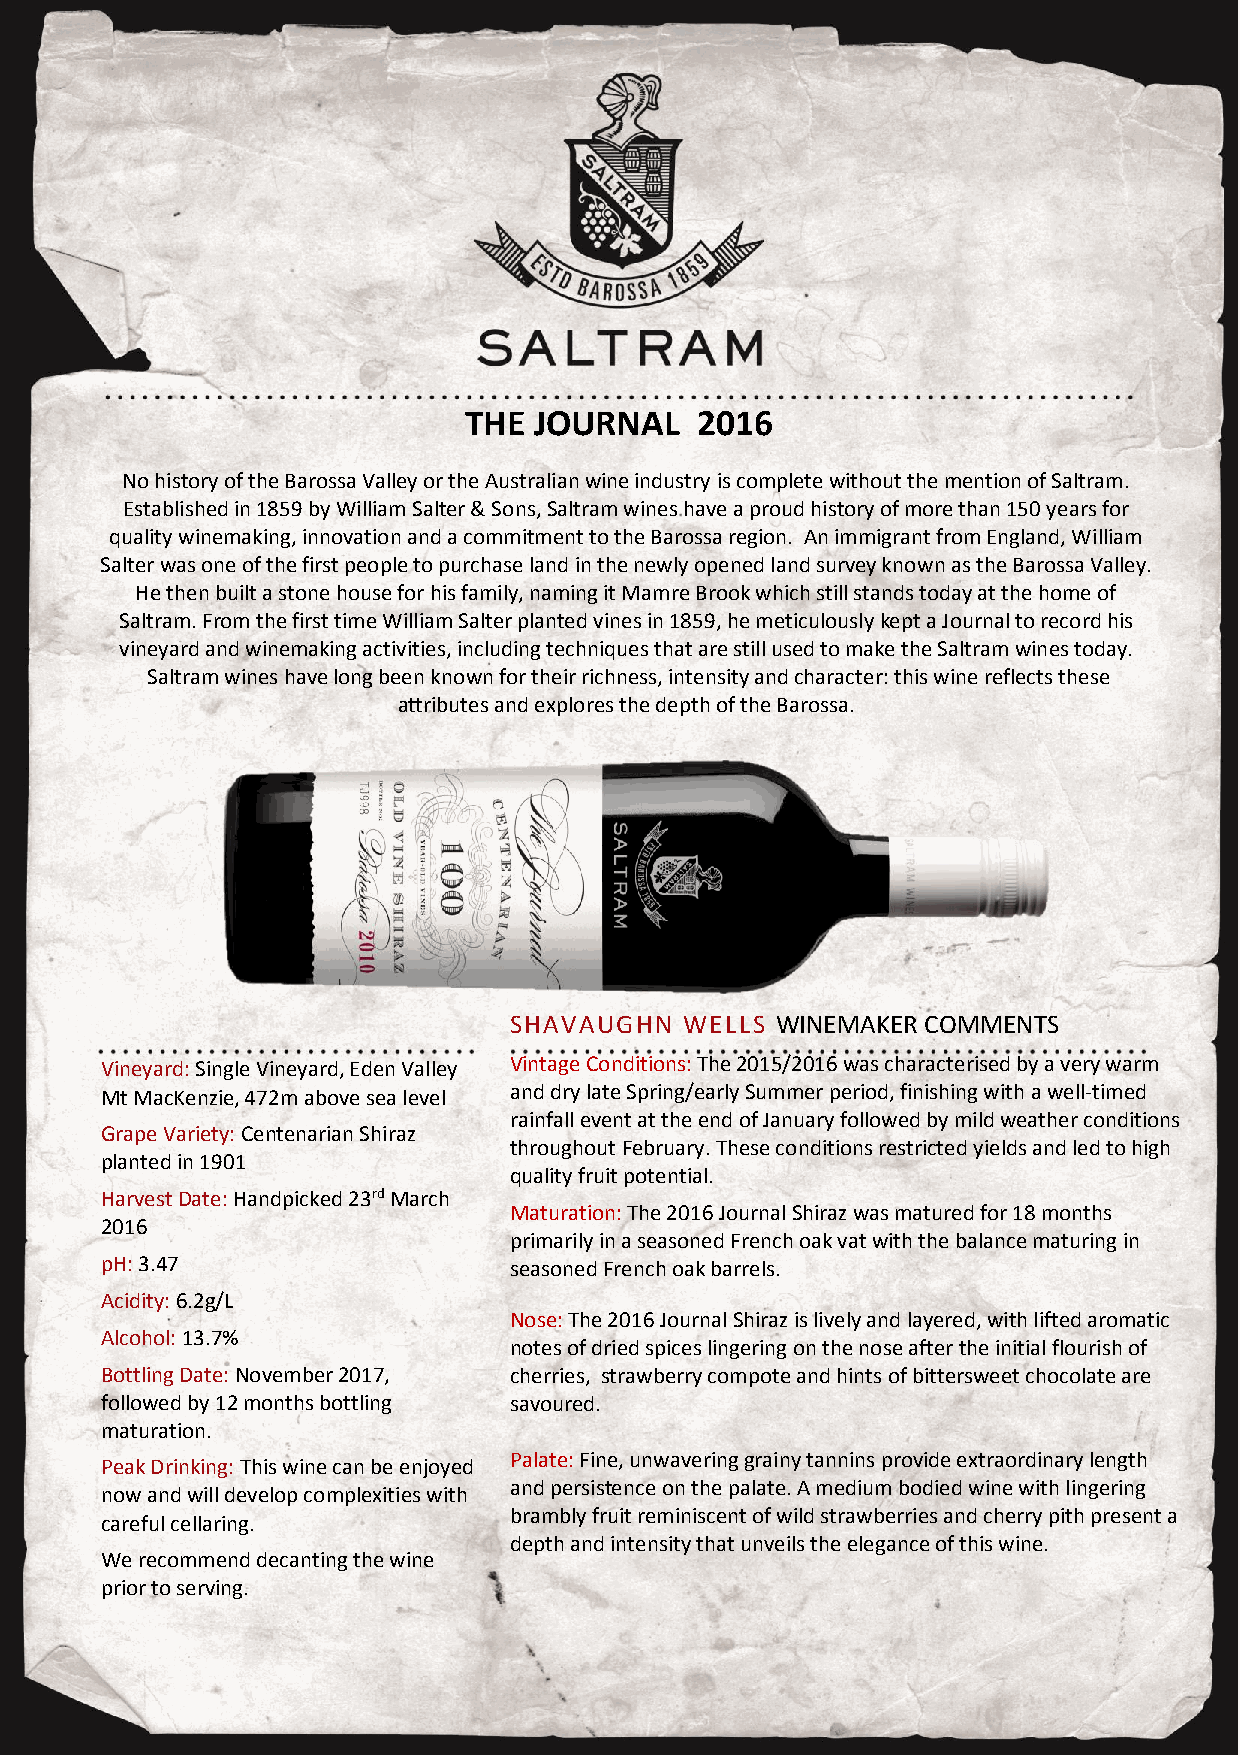
THE JOURNAL    2016
 No history of the Barossa Valley or the Australian wine industry is complete without the mention of Saltram.
 Established in 1859 by William Salter & Sons, Saltram wines have a proud history of more than 150 years for
 quality winemaking, innovation and a commitment to the Barossa region. An immigrant from England, William
 Salter was one of the first people to purchase land in the newly opened land survey known as the Barossa Valley.
 He then built a stone house for his family, naming it Mamre Brook which still stands today at the home of
 Saltram. From the first time William Salter planted vines in 1859, he meticulously kept a Journal to record his
 vineyard and winemaking activities, including techniques that are still used to make the Saltram wines today.
 Saltram wines have long been known for their richness, intensity and character: this wine reflects these
 attributes and explores the depth of the Barossa.
 SHAVAUGHN  WELLS WINEMAKER COMMENTS
 Vineyard: Single Vineyard, Eden Valley Vintage Conditions: The 2015/2016 was characterised by a very warm
 Mt MacKenzie, 472m above sea level and dry late Spring/early Summer period, finishing with a well-timed
 rainfall event at the end of January followed by mild weather conditions
 Grape Variety: Centenarian Shiraz
 throughout February. These conditions restricted yields and led to high
 planted in 1901
 quality fruit potential.
 Harvest Date: Handpicked 23rd March
 Maturation: The 2016 Journal Shiraz was matured for 18 months
 2016
 primarily in a seasoned French oak vat with the balance maturing in
 pH: 3.47                   seasoned French oak barrels.
 Acidity: 6.2g/L
 Nose: The 2016 Journal Shiraz is lively and layered, with lifted aromatic
 Alcohol: 13.7%
 notes of dried spices lingering on the nose after the initial flourish of
 Bottling Date: November 2017, cherries, strawberry compote and hints of bittersweet chocolate are
 followed by 12 months bottling savoured.
 maturation.
 Palate: Fine, unwavering grainy tannins provide extraordinary length
 Peak Drinking: This wine can be enjoyed
 and persistence on the palate. A medium bodied wine with lingering
 now and will develop complexities with
 brambly fruit reminiscent of wild strawberries and cherry pith present a
 careful cellaring.
 depth and intensity that unveils the elegance of this wine.
 We recommend decanting the wine
 prior to serving.